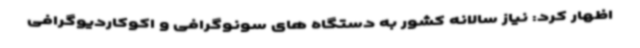
اظهار کرد: نیاز سالانه کشور به دستگاه های سونوگرافی و اکوکاردیوگرافی